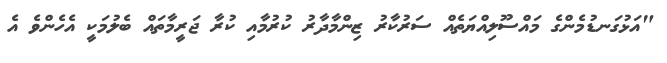
"އަޅުގަނޑުމެންގެ މައްސޫލިއްޔަތެއް ސަރުކާރު ޒިންމާދާރު ކުރުމާއި ކުރާ ޖަރީމާތައް ބެލުމަކީ އެހެންވެ އެ